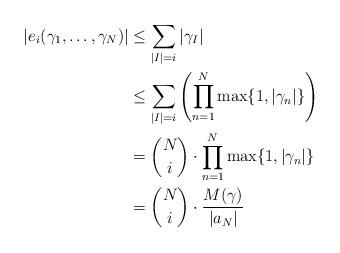
LaTeX: \begin{align*}|e_i(\gamma_1,\ldots,\gamma_N)| & \leq \sum_{|I| = i}|\gamma_I| \\& \leq \sum_{|I| = i}\left(\prod_{n=1}^N \max\{1,|\gamma_{n}|\}\right) \\& = \binom{N}{i}\cdot\prod_{n=1}^N \max\{1,|\gamma_{n}|\}\\& = \binom{N}{i}\cdot\frac{M(\gamma)}{|a_N|}\end{align*}